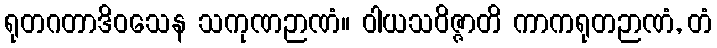
ရုတဂတာဒိဝသေန သကုဏဉာဏံ။ ဝါယသဝိဇ္ဇာတိ ကာကရုတဉာဏံ, တံ